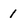
Character: 1